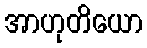
အာဟုတိယော